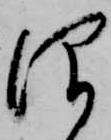
仰